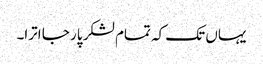
یہاں تک کہ تمام لشکر پار جا اترا۔